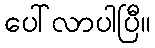
ပေါ်လာပါပြီ။